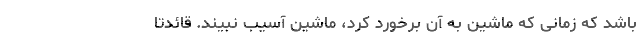
باشد که زمانی که ماشین به آن برخورد کرد، ماشین آسیب نبیند. قائدتا